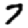
Digit: 7